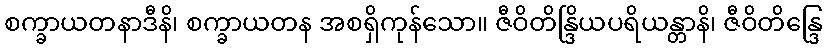
စက္ခာယတနာဒီနိ၊ စက္ခာယတန အစရှိကုန်သော။ ဇီဝိတိန္ဒြိယပရိယန္တာနိ၊ ဇီဝိတိန္ဒြေ